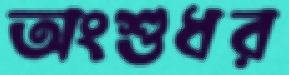
অংশুধর